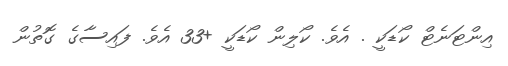
އިންޓަނެޓް ކޯޑަކީ . އެވެ. ކޯލިން ކޯޑަކީ +33 އެވެ. ފައިސާގެ ގޮތުން